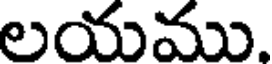
లయము.